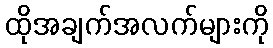
ထိုအချက်အလက်များကို